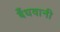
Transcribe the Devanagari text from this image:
बँधवानी